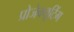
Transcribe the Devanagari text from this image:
प्रोजेक्यूटिंग